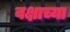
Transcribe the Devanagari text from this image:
वक्षाच्या